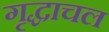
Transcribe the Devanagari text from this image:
गृद्धाचल